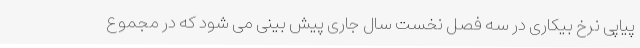
پیاپی نرخ بیکاری در سه فصل نخست سال جاری پیش بینی می شود که در مجموع